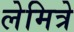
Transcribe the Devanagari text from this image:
लेमित्रे